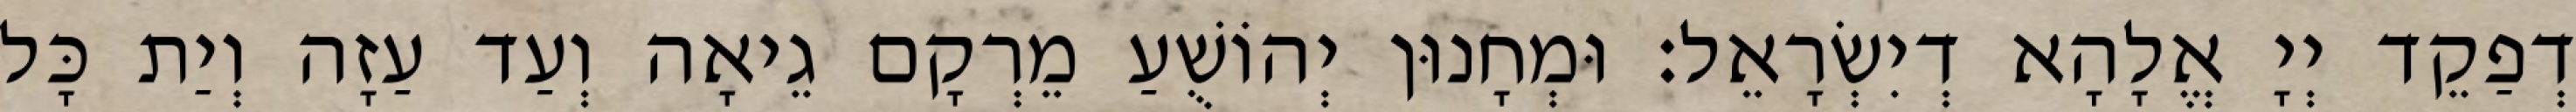
דְפַקֵד יְיָ אֱלָהָא דְיִשְׂרָאֵל׃ וּמְחָנוּן יְהוֹשֻׁעַ מֵרְקָם גֵיאָה וְעַד עַזָה וְיַת כָּל